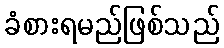
ခံစားရမည်ဖြစ်သည်